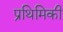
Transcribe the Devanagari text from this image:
प्रथिमिकी